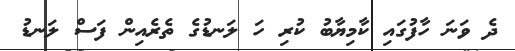
ދެ ވަނަ ހާފުގައި ކާމިޔާބު ކުރި ހަ ލަނޑުގެ ތެރެއިން ފަސް ލަނޑު